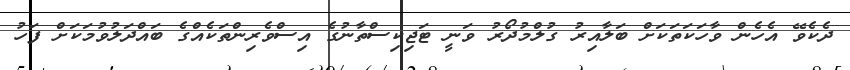
ދެކެވޭ އެހެން ވާހަކަތަކަށް ބަލާއިރު ގުލްމުދޯރު ވަނީ ޓަޖިކިސްތާނުގެ އިސްވެރިންތަކެއްގެ ބައްދަލުވުމަކަށް ފަހު